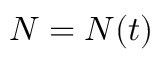
N = N ( t )